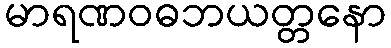
မာရဏဝဓဘယတ္တနော